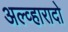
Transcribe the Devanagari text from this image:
अल्व्हारादो